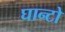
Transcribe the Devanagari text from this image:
घान्टो